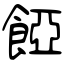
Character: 𩜄